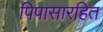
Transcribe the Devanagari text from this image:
पिपासारहित